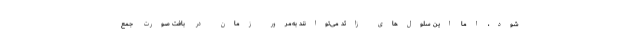
‌شود،‌ اما این سلول‌های زائد می‌توانند به‌مرور زمان در بافت صورت جمع